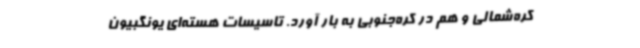
کره‌شمالی و هم در کره‌جنوبی به بار آورد. تاسیسات هسته‌ای یونگبیون